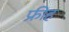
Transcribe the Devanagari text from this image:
फ्रीह